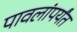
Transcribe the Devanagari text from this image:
पावलांपर्यंत